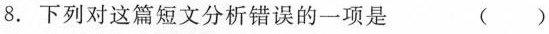
8. 下列对这篇短文分析错误的一项是 ( )